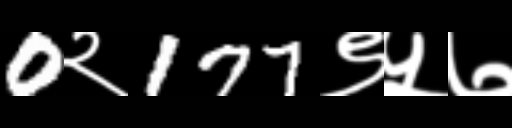
Text: 0२177९५७